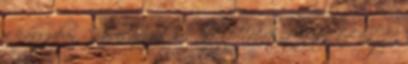
a kasszaban. Gyurcsanynal kb. annyit lehetett tudni, hogy o